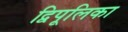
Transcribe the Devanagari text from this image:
द्विपूलिका